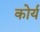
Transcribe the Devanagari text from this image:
कोर्य